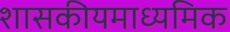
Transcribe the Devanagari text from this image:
शासकीयमाध्यमिक